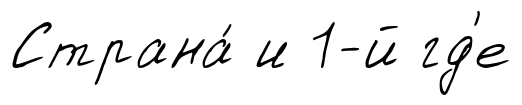
Страна́ и 1-й гд'е